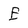
Character: E